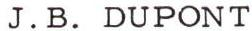
J.B. DUPONT